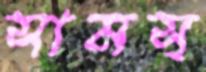
সামস্